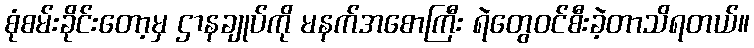
စုံစမ်းခိုင်းတော့မှ ဌာနချုပ်ကို မနက်အစောကြီး ရဲတွေဝင်စီးခဲ့တာသိရတယ်။